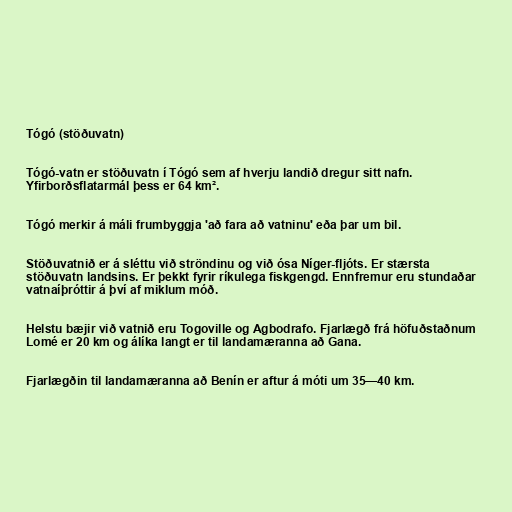
Tógó (stöðuvatn)

Tógó-vatn er stöðuvatn í Tógó sem af hverju landið dregur sitt nafn.
Yfirborðsflatarmál þess er 64 km².

Tógó merkir á máli frumbyggja 'að fara að vatninu' eða þar um bil.

Stöðuvatnið er á sléttu við ströndinu og við ósa Níger-fljóts. Er stærsta
stöðuvatn landsins. Er þekkt fyrir ríkulega fiskgengd. Ennfremur eru stundaðar
vatnaíþróttir á því af miklum móð.

Helstu bæjir við vatnið eru Togoville og Agbodrafo. Fjarlægð frá höfuðstaðnum
Lomé er 20 km og álíka langt er til landamæranna að Gana.

Fjarlægðin til landamæranna að Benín er aftur á móti um 35—40 km.